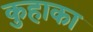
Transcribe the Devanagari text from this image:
कुहाका